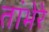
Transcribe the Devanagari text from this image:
तांभेरे